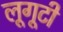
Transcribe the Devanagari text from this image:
लूगूटी